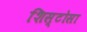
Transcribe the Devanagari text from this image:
शिस्टोसा